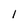
Character: l